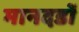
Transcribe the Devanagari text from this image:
मानदडों